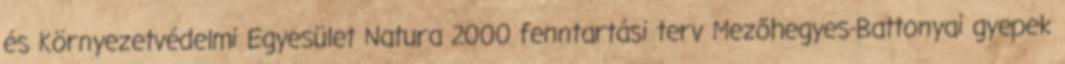
és Környezetvédelmi Egyesület Natura 2000 fenntartási terv Mezőhegyes-Battonyai gyepek